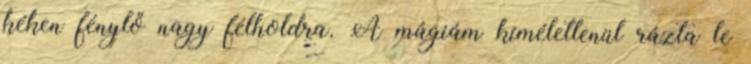
kéken fénylő nagy félholdra. A mágiám kíméletlenül rázta le